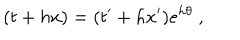
LaTeX: ( t + h x ) = ( t ^ { \prime } + h x ^ { \prime } ) e ^ { h \theta } ~ ,